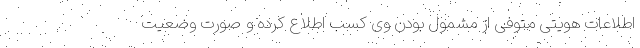
اطلاعات هویتی متوفی از مشمول بودن وی کسب اطلاع کرده و صورت وضعیت